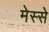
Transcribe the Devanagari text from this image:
मेस्से